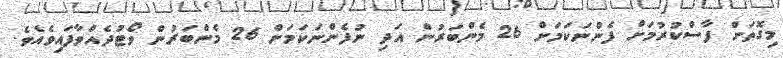
މިގޮތަށް ފާސްކުރުމަށް ފެންނަކަމަށް 26 މެންބަރުން އަދި ނުފެންނަކަމަށް 26 މެންބަރުން ވޯޓުދެއްވާފައިވެއެވެ.